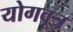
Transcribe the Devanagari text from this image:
योगवूत्र